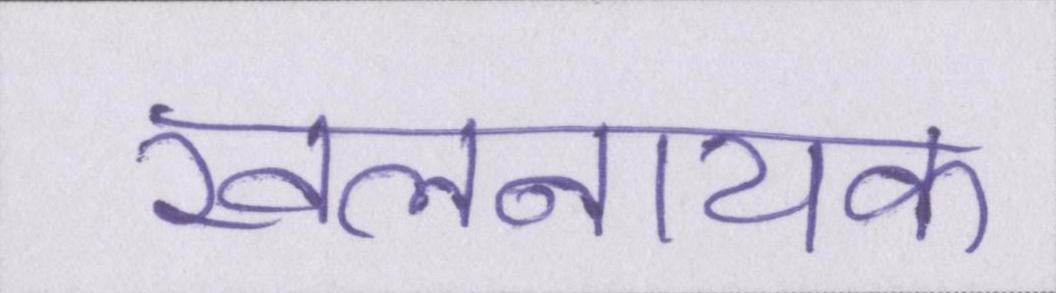
खलनायक